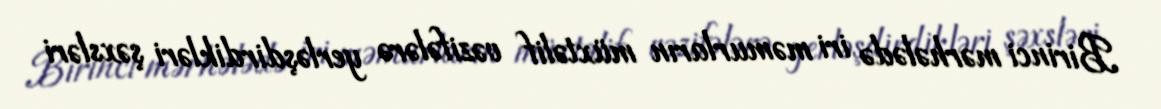
Birinci mərhələdə iri məmurların müxtəlif vəzifələrə yerləşdirdikləri şəxsləri